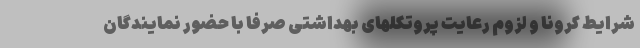
شرایط کرونا و لزوم رعایت پروتکلهای بهداشتی صرفاً با حضور نمایندگان